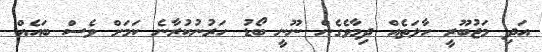
އަދި މަޖުބޫރީ ހާލަތެއް ދިމާވެގެން ނޫނީ ބޯޑު ހަރުނުކުރާނެ ކަމަށް ވެސް ބައެއް